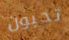
تحبون